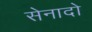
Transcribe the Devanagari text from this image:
सेनादो